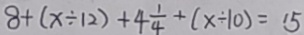
8 + ( x \div 1 2 ) + 4 \frac { 1 } { 4 } + ( x \div 1 0 ) = 1 5